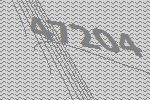
47204